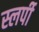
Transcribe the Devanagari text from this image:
स्लर्पी